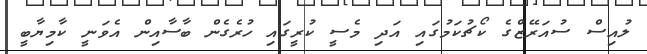
ލުއިސް ސުއަރޭޒްގެ ކޯޗުކަމުގައި އަދި މެސީ ކުރީގައި ހުރެގެން ބާސާއިން އެވަނީ ކާމިޔާބީ